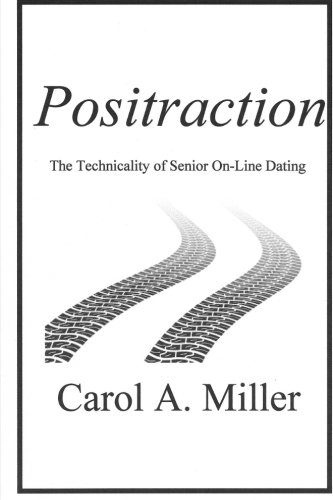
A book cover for Positraction: The Technicality of Senior On-Line Dating; Carol A. Miller; Romance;